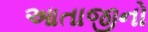
આતાજીનો